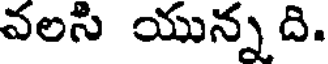
వలసి యున్నది.